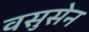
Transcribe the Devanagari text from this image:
वसुसेन